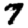
Digit: 7